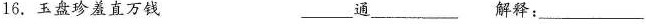
16.玉盘珍羞直万钱 ____通___解释：_____